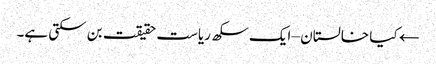
← کیا خالستان – ایک سکھ ریاست حقیقت بن سکتی ہے۔